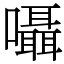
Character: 囁